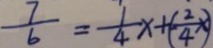
\frac { 7 } { 6 } = \frac { 1 } { 4 } x + ( - \frac { 2 } { 4 } x )